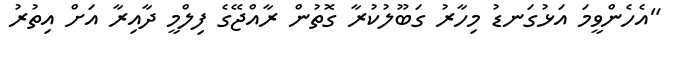
"އެހެންވީމަ އަޅުގަނޑު މިހާރު ގަބޫލުކުރާ ގޮތުން ރާއްޖޭގެ ފިލްމީ ދާއިރާ އަށް އިތުރު